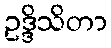
ဥဒ္ဒိသိတာ